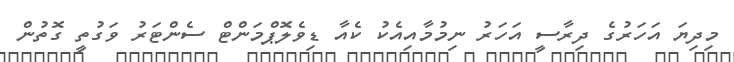
މިދިޔަ އަހަރުގެ ދިރާސީ އަހަރު ނިމުމާއިއެކު ކެއާ ޑިވެލޮޕްމަންޓް ސެންޓަރު ވަގުތީ ގޮތުން